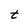
Character: t